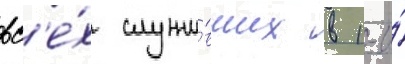
вс'е́х служи́вших в 1-и́